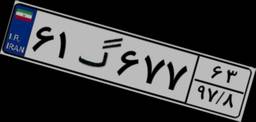
۶۱گ۶۷۷۶۳